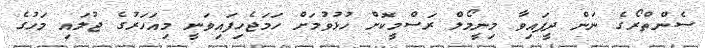
ސެންތްރޯގެ ނަން ދީފައިވާ މިނީމޯލް ރަސްމީކޮށް ހުޅުވުމަށް ހަމަޖެހިފައިވަނީ މިއަހަރުގެ ޖުލައި މަހުގެ